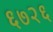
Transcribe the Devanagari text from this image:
६७२६